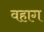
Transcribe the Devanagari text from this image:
वहाग